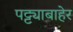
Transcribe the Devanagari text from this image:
पट्ट्याबाहेर